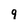
Character: 9